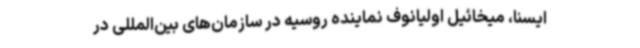
ایسنا، میخائیل اولیانوف نماینده روسیه در سازمان‌های بین‌المللی در